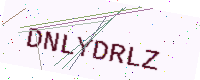
Text: DNLYDRLZ